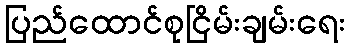
ပြည်ထောင်စုငြိမ်းချမ်းရေး